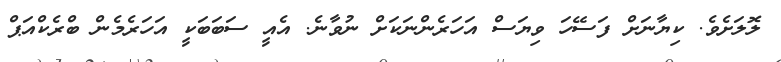
ލޮލަށެވެ. ކިޔާނަށް ފަސޭހަ ވިޔަސް އަހަރެންނަކަށް ނުވާނެ. އެއީ ސަބަބަކީ އަހަރެމެން ބްރެކްއަޕް